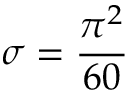
\sigma = { \frac { \pi ^ { 2 } } { 6 0 } }